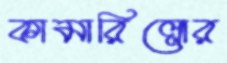
কামারিল্লোর